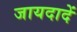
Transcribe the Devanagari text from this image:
जायदादें